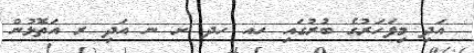
އަދި މިފަހަރުގެ ބުރުގައި ހއ ހދ ށ ނ އަދި ރ އަތޮޅުން